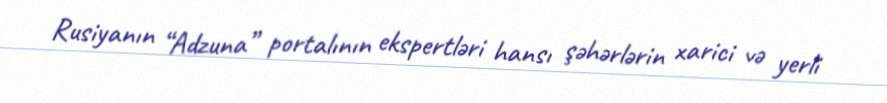
Rusiyanın “Adzuna” portalının ekspertləri hansı şəhərlərin xarici və yerli